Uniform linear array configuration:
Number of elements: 32
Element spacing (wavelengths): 1
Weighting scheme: hamming
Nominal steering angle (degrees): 0
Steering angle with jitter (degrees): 0.5438
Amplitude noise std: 0.05
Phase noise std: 0.05

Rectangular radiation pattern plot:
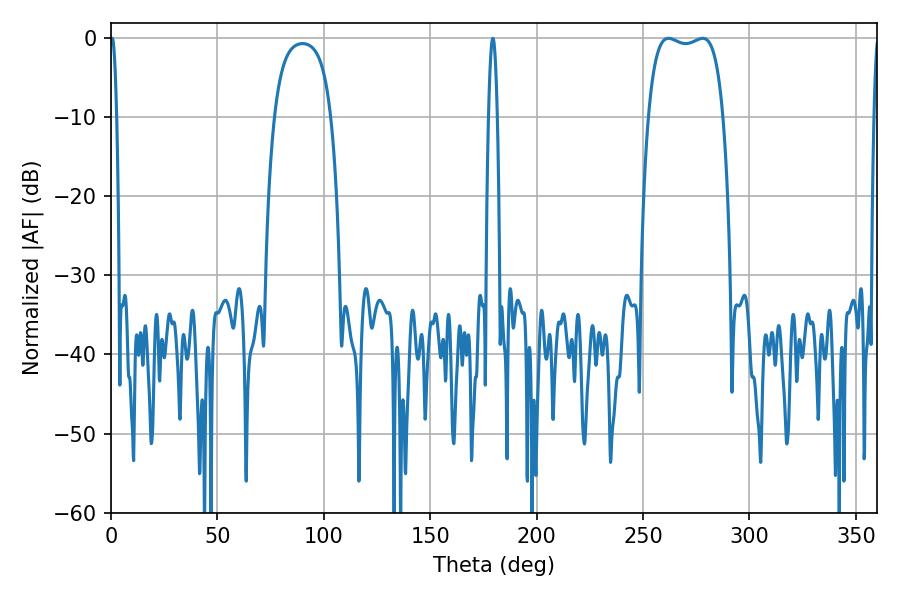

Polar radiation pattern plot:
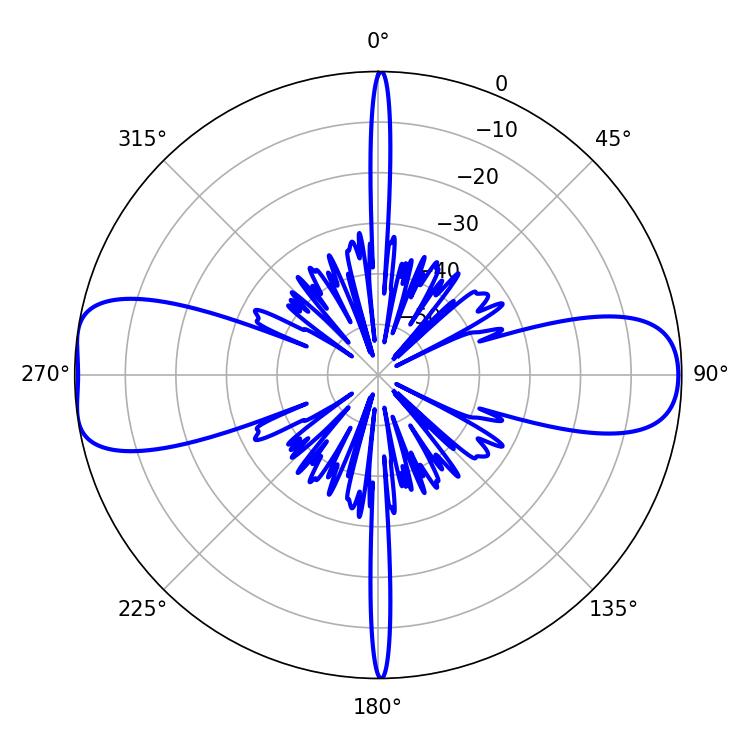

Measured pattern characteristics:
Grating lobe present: TRUE
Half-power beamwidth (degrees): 28.08
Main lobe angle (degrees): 261.9